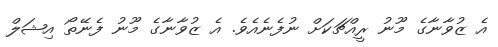
އެ ޒުވާނާގެ މޫނު ރީއްޗަކަށް ނުފެނެއެވެ. އެ ޒުވާނާގެ މޫނު ފެނޭތޯ އިޝަލް